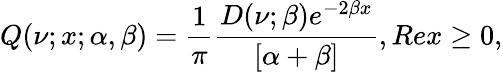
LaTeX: Q(\nu;x;\alpha,\beta)=\frac{1}{\pi}\frac{D(\nu;\beta)e^{-2\beta x}}{[\alpha+\beta]},Rex\geq 0,